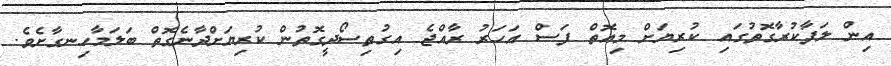
އިން ލަފާކުރާގޮތުގައި ކުރިޔަށް މިއޮތް ފަސް އަހަރު ރާއްޖެ އިގުތިސޯދީގޮތުން ކުރިޔަށްދާނެގޮތް ބަލަމާހިނގާށެވެ.